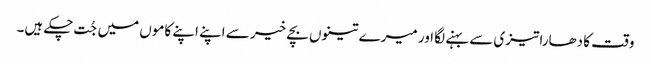
وقت کا دھارا تیزی سے بہنے لگا اور میرے تینوں بچے خیر سے اپنے اپنے کاموں میں جُت چکے ہیں۔